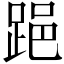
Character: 𨁲